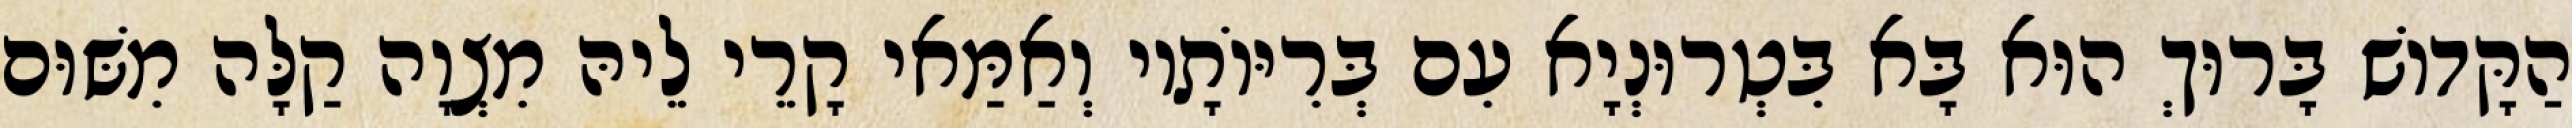
הַקָּדוֹשׁ בָּרוּךְ הוּא בָּא בִּטְרוּנְיָא עִם בְּרִיּוֹתָיו וְאַמַּאי קָרֵי לֵיהּ מִצְוָה קַלָּה מִשּׁוּם